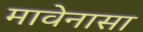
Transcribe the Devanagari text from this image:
मावेनासा